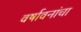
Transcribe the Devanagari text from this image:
वर्षावनांचा